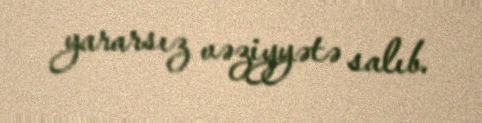
yararsız vəziyyətə salıb.